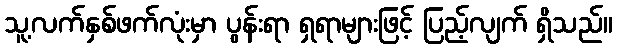
သူ့လက်နှစ်ဖက်လုံးမှာ ပွန်းရာ ရှရာများဖြင့် ပြည့်လျက် ရှိသည်။